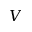
V